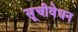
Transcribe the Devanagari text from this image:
सूचीवेधन